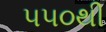
૫૫૦થી